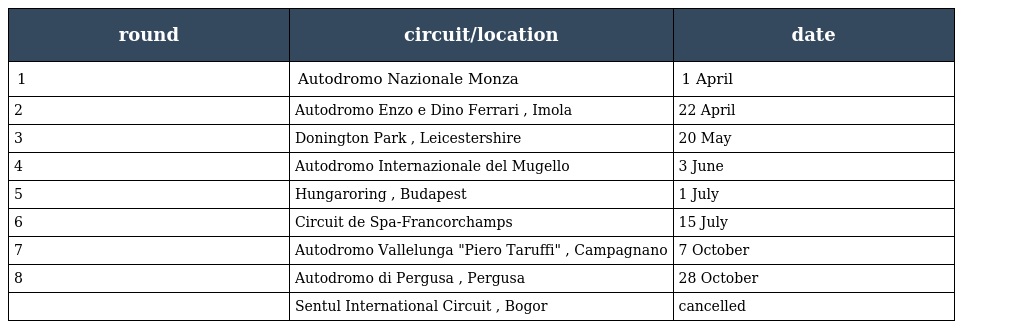
| round | circuit/location | date |
 | --- | --- | --- |
 | 1 | Autodromo Nazionale Monza | 1 April |
 | 2 | Autodromo Enzo e Dino Ferrari , Imola | 22 April |
 | 3 | Donington Park , Leicestershire | 20 May |
 | 4 | Autodromo Internazionale del Mugello | 3 June |
 | 5 | Hungaroring , Budapest | 1 July |
 | 6 | Circuit de Spa-Francorchamps | 15 July |
 | 7 | Autodromo Vallelunga "Piero Taruffi" , Campagnano | 7 October |
 | 8 | Autodromo di Pergusa , Pergusa | 28 October |
 |  | Sentul International Circuit , Bogor | cancelled |